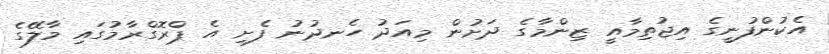
އެކުންފުނީގެ އިޖުތިމާއީ ޒިންމާގެ ދަށުން މިއަދު ހެނދުނު ފެށި އެ ޕްރޮގްރާމުގައި މާލޭގެ